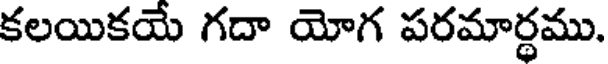
కలయికయే గదా యోగ పరమార్థము.